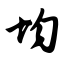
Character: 均